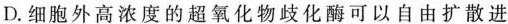
D. 细胞外高浓度的超氧化物歧化酶可以自由扩散进